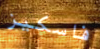
فاسكيز